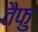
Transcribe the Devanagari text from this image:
तैफु